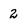
Character: 2